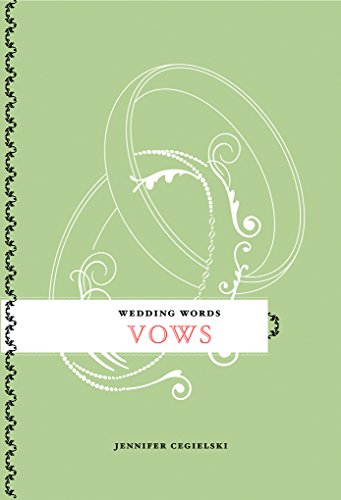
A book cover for Wedding Words: Vows; Jennifer Cegielski; Crafts, Hobbies & Home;